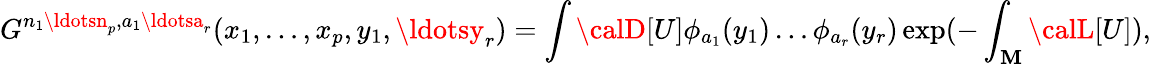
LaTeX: G^{n_{1}\ldotsn_{p},a_{1}\ldotsa_{r}}(x_{1},\ldots,x_{p},y_{1},\ldotsy_{r})=\int{\calD}[U]\phi_{a_{1}}(y_{1})\ldots\phi_{a_{r}}(y_{r})\exp(-\int_{\mathbf{M}}{\calL}[U]),